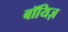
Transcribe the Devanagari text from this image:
बॉयिज़